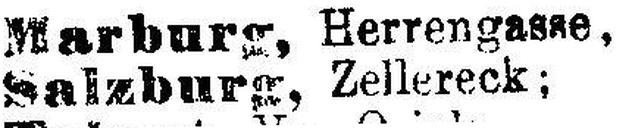
Salzburg, Zellereck;